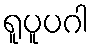
ရူပူပဂါ